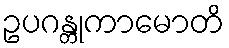
ဥပဂန္တုကာမောတိ